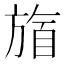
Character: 𬀋